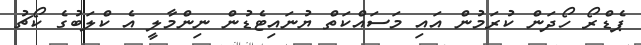
ޕެޑްރޯ ހޯދަން ކުރަމުން އައި މަސައްކަތް ޔުނައިޓެޑުން ނިންމާލީ އެ ކްލަބުގެ ކޯޗު